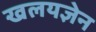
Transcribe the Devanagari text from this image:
खलयज्ञेन